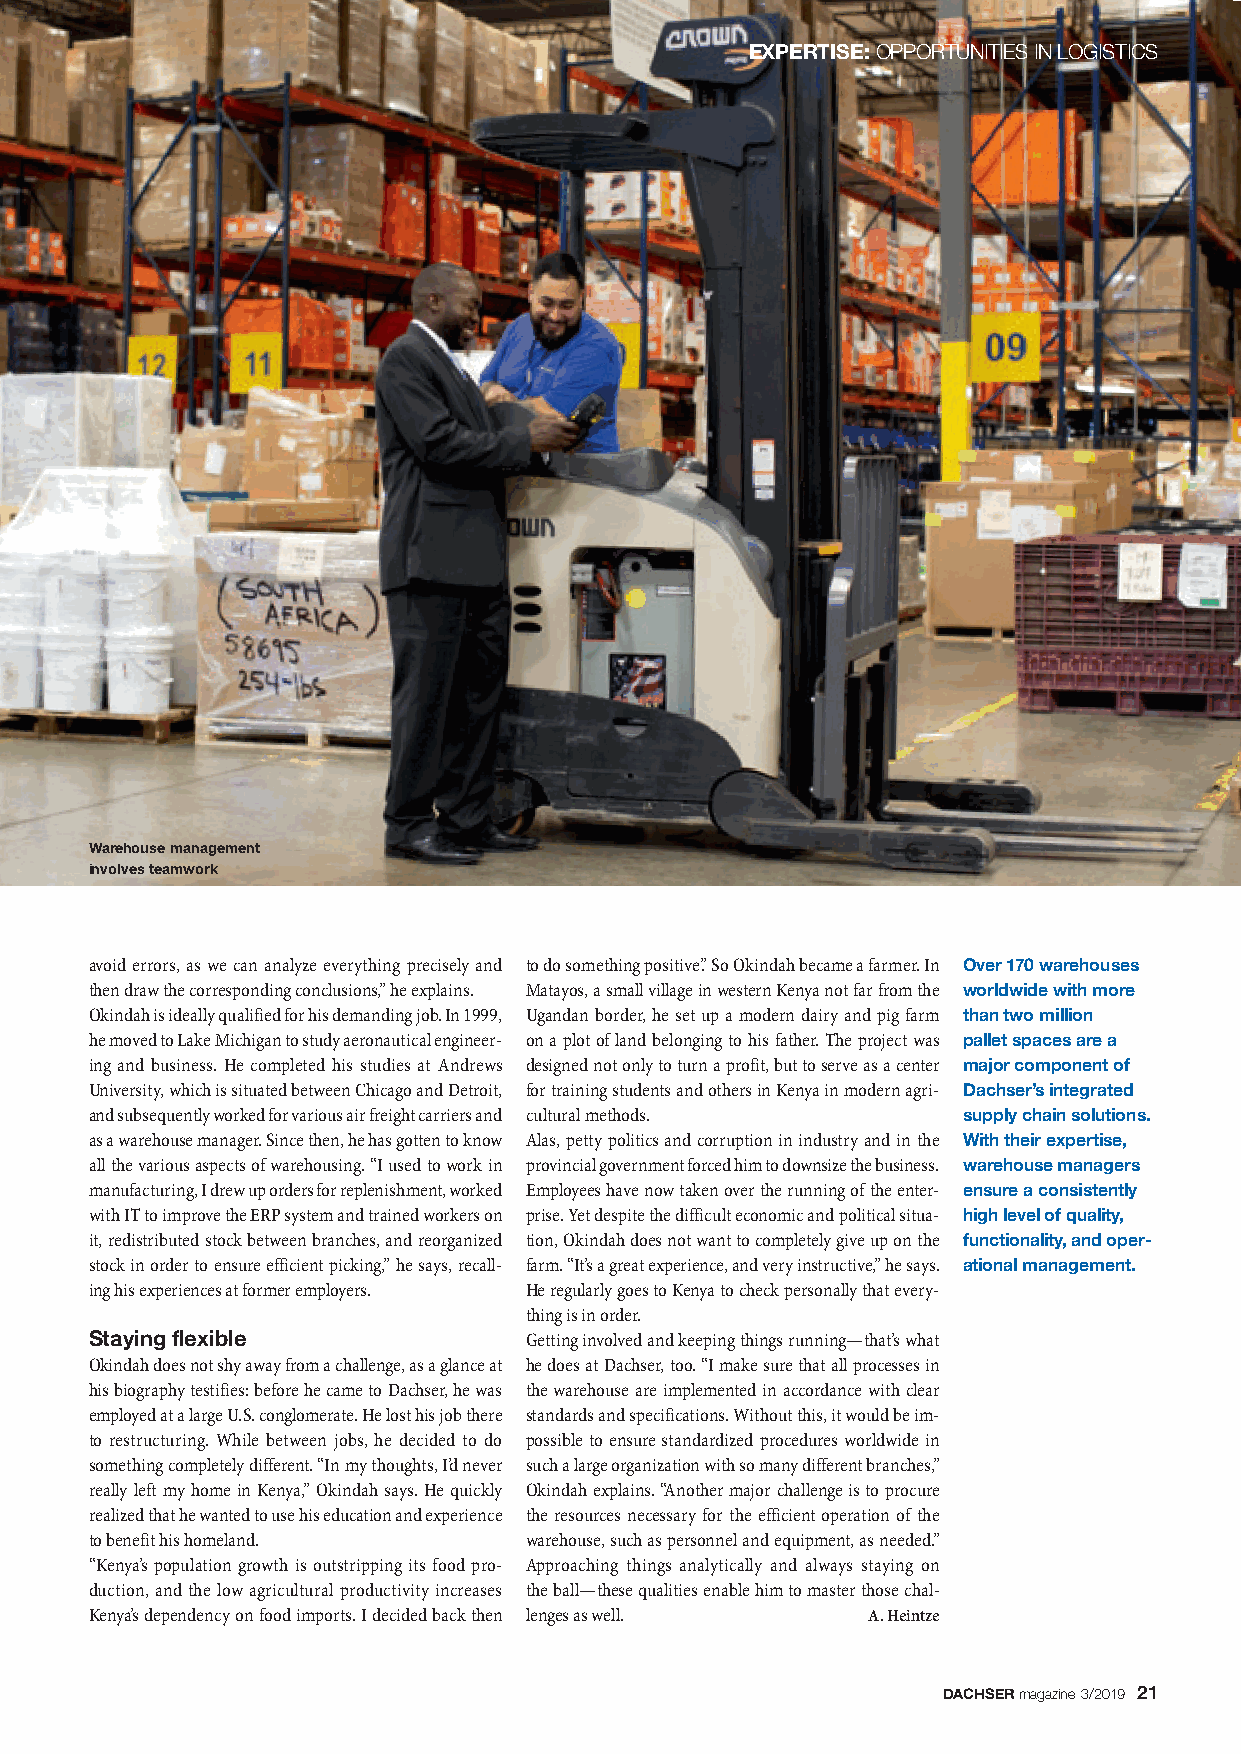
EXPERTISE:OPPORTUNITIES IN LOGISTICS
 Warehouse management
 involves teamwork
 avoid errors, as we can analyze everything precisely and to do something positive.” So Okindah became a farmer. In Over 170 warehouses
 then draw the corresponding conclusions,” he explains. Matayos, a small village in western Kenya not far from the worldwide with more
 Okindah is ideally qualified for his demanding job. In 1999, Ugandan border, he set up a modern dairy and pig farm than two million
 he moved to Lake Michigan to study aeronautical engineer- on a plot of land belonging to his father. The project was pallet spaces are a
 ing and business. He completed his studies at Andrews designed not only to turn a profit, but to serve as a center major component of
 University, which is situated between Chicago and Detroit, for training students and others in Kenya in modern agri- Dachser’s integrated
 and subsequently worked for various air freight carriers and cultural methods. supply chain solutions.
 as a warehouse manager. Since then, he has gotten to know Alas, petty politics and corruption in industry and in the With their expertise,
 all the various aspects of warehousing. “I used to work in provincial government forced him to downsize the business. warehouse managers
 manufacturing, I drew up orders for replenishment, worked Employees have now taken over the running of the enter- ensure a consistently
 with IT to improve the ERP system and trained workers on prise. Yet despite the difficult economic and political situa- high level of quality,
 it, redistributed stock between branches, and reorganized tion, Okindah does not want to completely give up on the functionality, and oper-
 stock in order to ensure efficient picking,” he says, recall - farm. “It’s a great experience, and very instructive,” he says. ational management.
 ing his experiences at former employers. He regularly goes to Kenya to check personally that every-
 thing is in order.
 Staying flexible             Getting involved and keeping things running—that’s what
 Okindah does not shy away from a challenge, as a glance at he does at Dachser, too. “I make sure that all processes in
 his biography testifies: before he came to Dachser, he was the warehouse are implemented in accordance with clear
 employed at a large U.S. conglomerate. He lost his job there standards and specifications. Without this, it would be im-
 to restructuring. While between jobs, he decided to do possible to ensure standardized procedures worldwide in
 something completely different. “In my thoughts, I’d never such a large organization with so many different branches,”
 really left my home in Kenya,” Okindah says. He quickly Okindah explains. “Another major challenge is to procure
 realized that he wanted to use his education and experience the resources necessary for the efficient operation of the
 to benefit his homeland.     warehouse, such as personnel and equipment, as needed.”
 “Kenya’s population growth is outstripping its food pro- Approaching things analytically and always staying on
 duction, and the low agricultural productivity increases the ball—these qualities enable him to master those chal-
 Kenya’s dependency on food imports. I decided back then lenges as well. A. Heintze
 DACHSERmagazine 3/2019 21